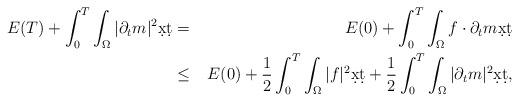
LaTeX: \begin{align*} E(T) + \int_0^T \int_\Omega |\partial_t m|^2 \d x\d t &=& E(0) + \int_0^T \int_\Omega f\cdot\partial_t m \d x\d t \\ &\leq& E(0) + \frac12 \int_0^T \int_\Omega |f|^2 \d x\d t + \frac12 \int_0^T \int_\Omega |\partial_t m|^2 \d x\d t,\end{align*}